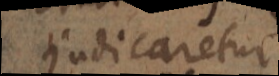
judicaretur.